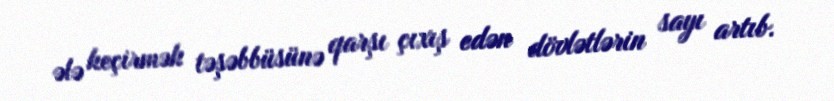
ələ keçirmək təşəbbüsünə qarşı çıxış edən dövlətlərin sayı artıb.